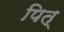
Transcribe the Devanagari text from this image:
पित्